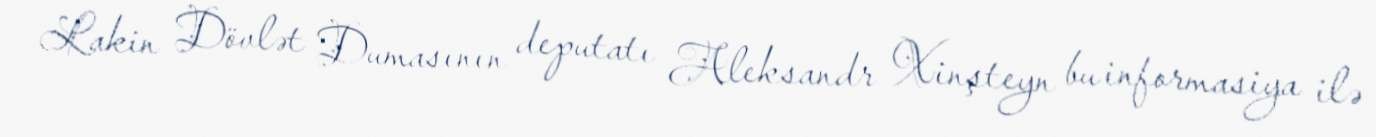
Lakin Dövlət Dumasının deputatı Aleksandr Xinşteyn bu informasiya ilə